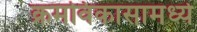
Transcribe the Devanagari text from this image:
क्रमविकासामध्ये